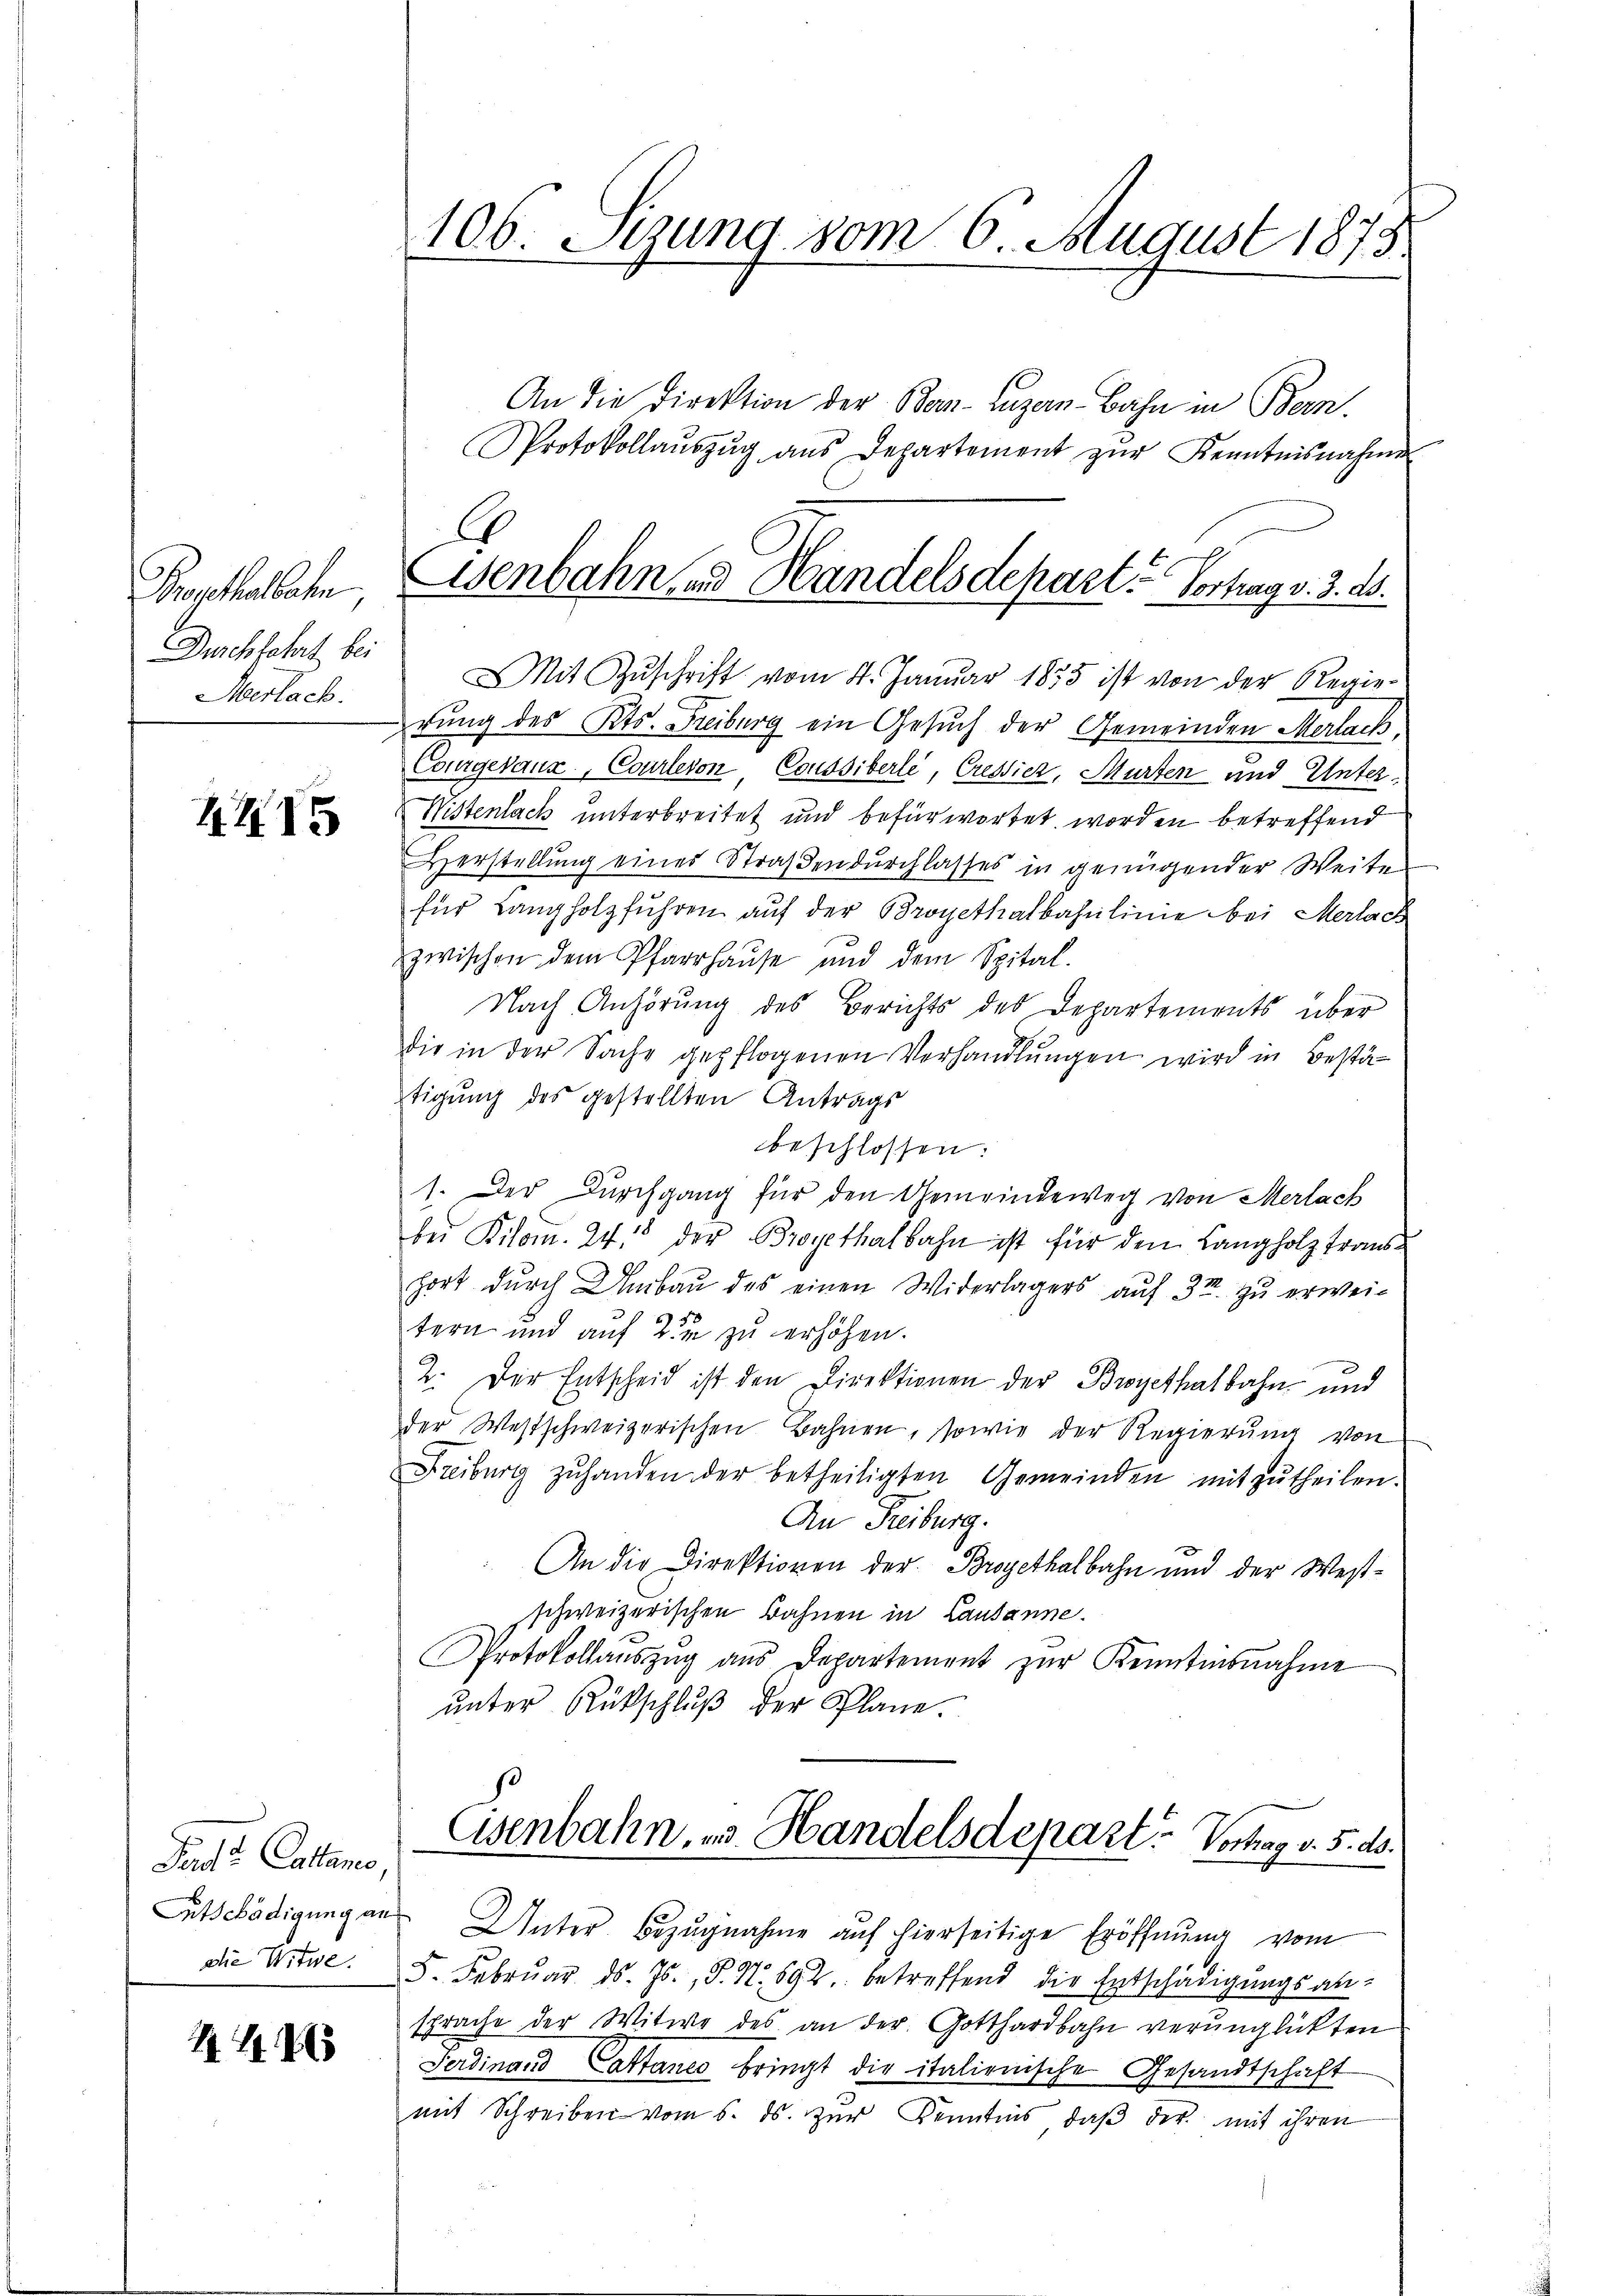
Propthallaten
Durchfahrt bei
Aerlach.

4415

Pact. Catano,
die Witwe.

1488

106. Sizung vom 6. August 1875.

An die Direktion der Bar-Luzern Bahn in Bern.
Protokollaŭszŭg ans Departement zŭr Kenntnisnahme
Mit Zŭschrift vom 4. Januar 1855 ist von der Regie-
rung des Kts. Freiburg ein Gesuch der Gemeinden Merlack
Courgevaux, Courlervon Coussiberle, Cressier, Murten und Unter¬
Wistenlach unterbreitet und befürwortet worden betreffend
Herstellung eines Straßendurchlasses in genügender Weite
für Langholzfuhren auf der Broyethalbahnlinie bei Merlach
zwischen dem Pfarrhause und dem Spital-
Nach Anhörung des Berichts des Departements über
die in der Sache gepflogenen Verhandlungen wird in Bestätigung des gestellten Antrags
beschlossen:
1. Der Durchgang für den Gemeindeweg von Merlach
bei Kilom. 248 der Broyethalbahn ist für den Langholz traushort durch Umbau des einen Widerlagers auf 31. zu erweitern und auf 2 zu erhöhen.
2. Der Entscheid ist den Direktionen der Broyethalbahn und
der Westschweizerischen Bahnen, sowie der Regierung von
Freiburg zŭ handen der betheiligten Gemeinden mitzŭtheilen.
An Freiburg.
An die Direktionen der Brogethalbahn und der Westschweizerischen Bahnen in Lausanne.
Protokollaŭszŭg ans Departement zŭr Kenntesnahme
ŭnter Rückschlŭβ der Plane.
Esenbahn, u. Handelsdepart. Vortrag v. 5. ds.
Entschädigŭng an Unter Bezŭgnahme auf hierseitige Eröffnŭng vom
d. Febrŭar d. Js., P. N. 592. betreffend die Entschädigungsansprache der Witwe des an der Gotthardbahn verunglückten
Ferdinaus Cattanes bringt die italienische Gesandtschaft
mit Schreiben vom 5. ds. zŭr Kenntnis, daβ der mit ihren
d

C
Eisenbahn und Handelsdepart. Vortrag v. 3. ds.